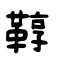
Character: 鞟